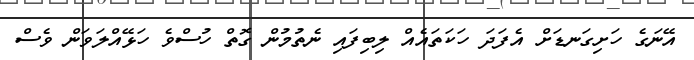
އޭނަގެ ހަށިގަނޑަށް އެފަދަ ހަކަތައެއް ލިބިފައި ނެތުމުން ގޮތް ހުސްވެ ހަޅޭއްލަވަން ވެސް